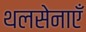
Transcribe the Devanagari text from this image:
थलसेनाएँ